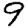
Digit: 9